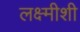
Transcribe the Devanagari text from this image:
लक्ष्मीशी